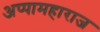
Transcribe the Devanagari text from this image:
अप्पामहाराज